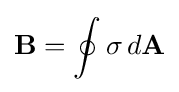
\mathbf {B} =\oint \sigma \,d\mathbf {A}